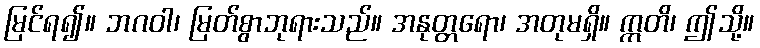
မြင်ရ၍။ ဘဂဝါ၊ မြတ်စွာဘုရားသည်။ အနုတ္တရော၊ အတုမရှိ။ ဣတိ၊ ဤသို့။